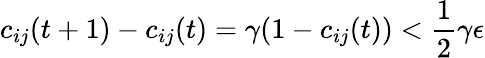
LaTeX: c_{ij}(t+1)-c_{ij}(t)=\gamma(1-c_{ij}(t))<\frac{1}{2}\gamma\epsilon